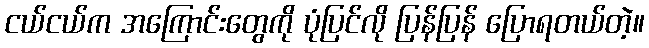
ငယ်ငယ်က အကြောင်းတွေကို ပုံပြင်လို ပြန်ပြန် ပြောရတယ်တဲ့။